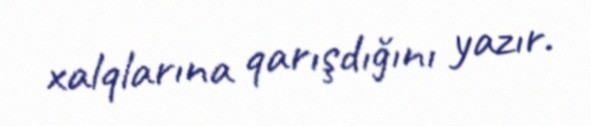
xalqlarına qarışdığını yazır.